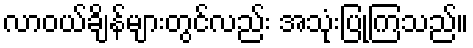
လာဝယ်ချိန်များတွင်လည်း အသုံးပြုကြသည်။